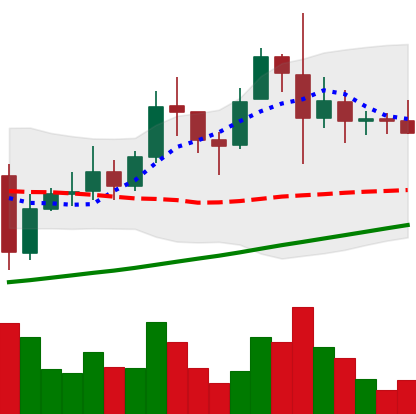
Ticker: XRP-USD
Chart end date: 2021-11-15
Forward return: -6.294%
Label: down_5_7